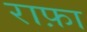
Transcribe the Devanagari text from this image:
राफ़ा